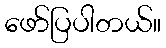
ဖော်ပြပါတယ်။